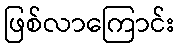
ဖြစ်လာကြောင်း